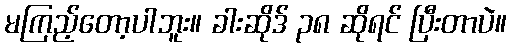
မကြည့်တော့ပါဘူး။ ခါးဆိုဒ် ၃၈ ဆိုရင် ပြီးတာပဲ။